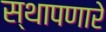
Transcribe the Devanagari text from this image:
स्थापणारे